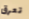
تعرق